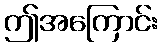
ဤအကြောင်း